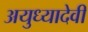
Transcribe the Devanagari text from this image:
अयुध्यादेवी